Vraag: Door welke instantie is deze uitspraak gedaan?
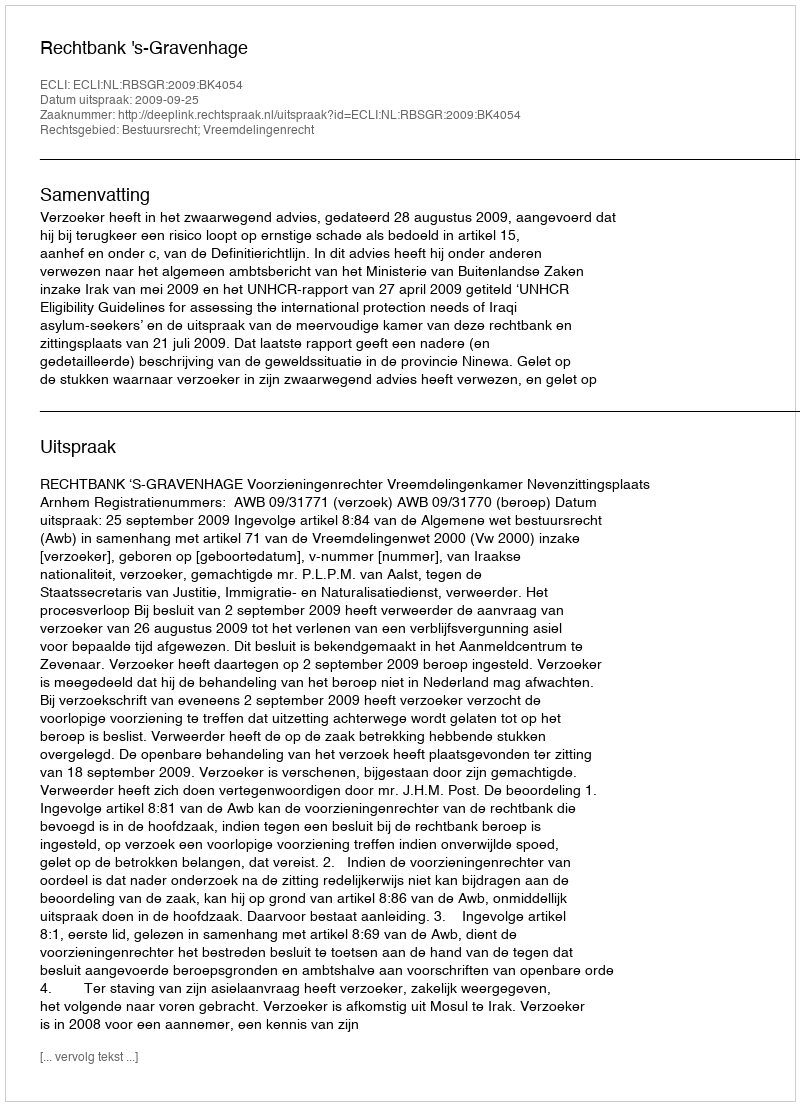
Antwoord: Rechtbank 's-Gravenhage